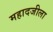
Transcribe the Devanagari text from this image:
महादजीला